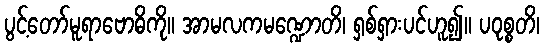
ပွင့်တော်မူရာဗောဓိကို။ အာမလကမဏ္ဍောတိ၊ ရှစ်ရှားပင်ဟူ၍။ ပဝုစ္စတိ၊